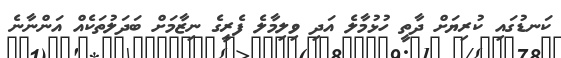
ކަނޑުގައި ކުރިޔަށް ދާތީ ހުޅުމާލެ އަދި ވިލިމާލެ ފެރީގެ ނިޒާމަށް ބަދަލުތަކެއް އަންނާނެ